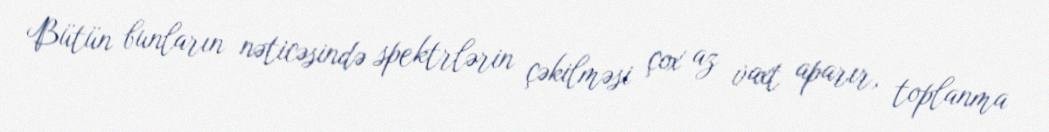
Bütün bunların nəticəsində spektrlərin çəkilməsi çox az vaxt aparır, toplanma